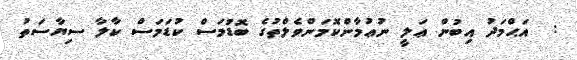
:  އަޙްމަދު އިބުން ޢަލީ ނުޢުމާންކޮމަންވެލްތުގެ ބޮޑުމަސް ކުޑަމަސް ކާލާ ސިޔާސަތު